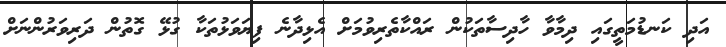
އަދި ކަނޑުމަތީގައި ދިމާވާ ހާދިސާތަކުން ރައްކާތެރިވުމަށް އެޅިދާނެ ފިޔަވަޅުތަކާ ގުޅޭ ގޮތުން ދަރިވަރުންނަށް